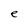
Character: e